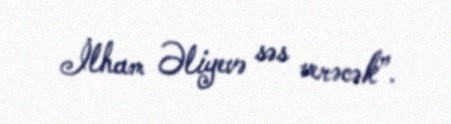
İlham Əliyevə səs verəcək”.